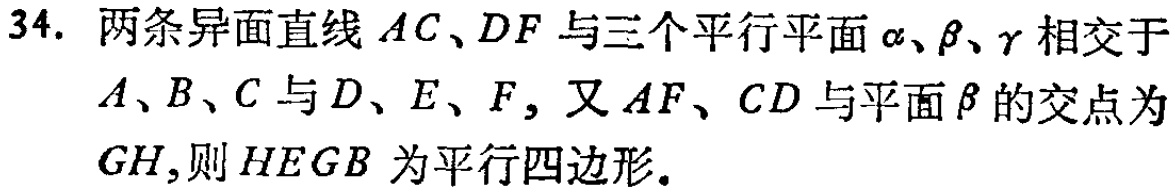
34. 两条异面直线 \(AC、DF\) 与三个平行平面 \(\alpha、\beta、\gamma\) 相交于 \(A、B、C\) 与 \(D、E、F\)，又 \(AF、CD\) 与平面 \(\beta\) 的交点为 \(GH\)，则 \(HEGB\) 为平行四边形.